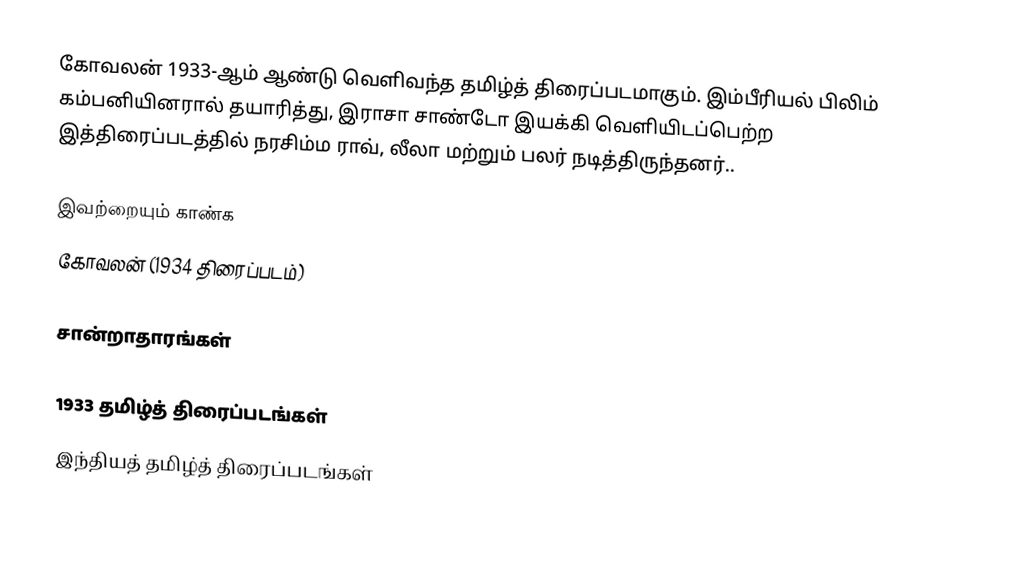
கோவலன் 1933-ஆம் ஆண்டு வெளிவந்த தமிழ்த் திரைப்படமாகும். இம்பீரியல் பிலிம் கம்பனியினரால் தயாரித்து, இராசா சாண்டோ இயக்கி வெளியிடப்பெற்ற இத்திரைப்படத்தில் நரசிம்ம ராவ், லீலா மற்றும் பலர் நடித்திருந்தனர்..

இவற்றையும் காண்க
 கோவலன் (1934 திரைப்படம்)

சான்றாதாரங்கள்

1933 தமிழ்த் திரைப்படங்கள்
இந்தியத் தமிழ்த் திரைப்படங்கள்